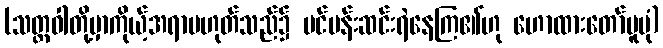
(သတ္တဝါတို့မှာကိုယ့်အရာမဟုတ်သည်၌ ပင်ပန်းဆင်းရဲနေကြ၏ဟု ဟောထားတော်မူပုံ)